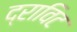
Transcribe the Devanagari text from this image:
द्राविट